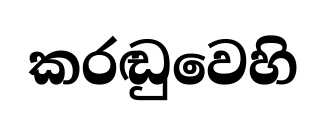
කරඬුවෙහි